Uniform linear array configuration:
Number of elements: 16
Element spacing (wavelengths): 0.75
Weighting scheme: hann
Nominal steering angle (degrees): -15
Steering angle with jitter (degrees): -13.941
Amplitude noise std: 0.05
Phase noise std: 0.05

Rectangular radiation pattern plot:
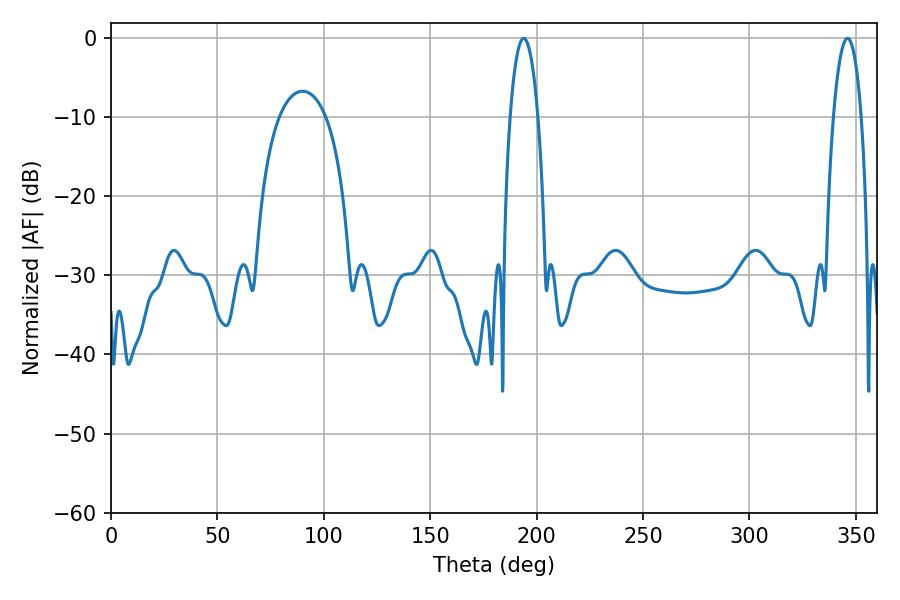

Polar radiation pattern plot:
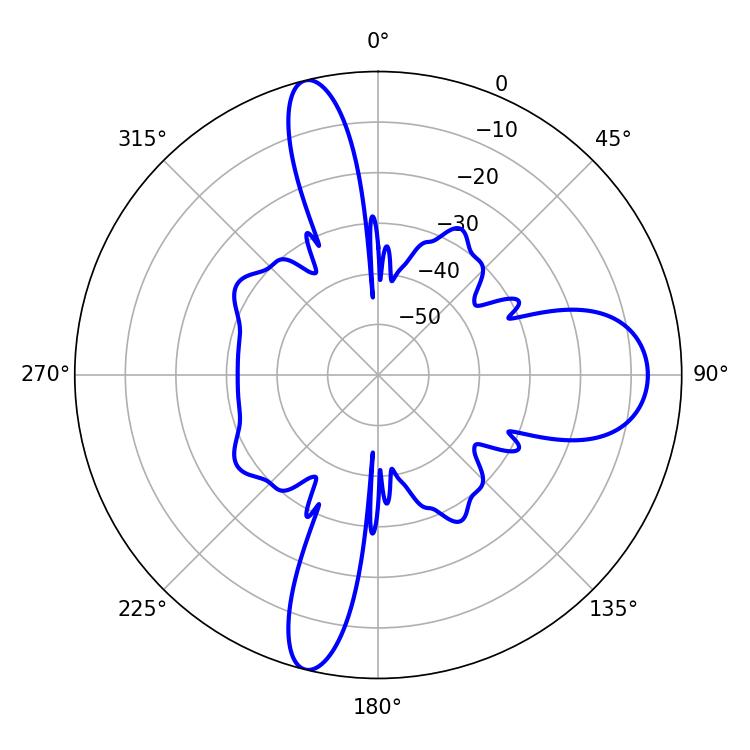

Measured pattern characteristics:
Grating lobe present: TRUE
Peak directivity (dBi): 22.165
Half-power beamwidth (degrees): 7.38
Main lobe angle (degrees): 193.86